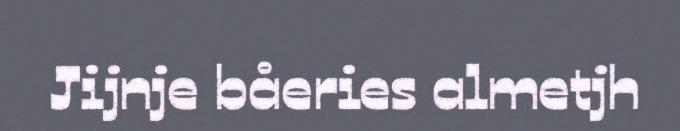
Jijnje båeries almetjh